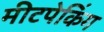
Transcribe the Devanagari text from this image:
मीटपेकिंग